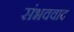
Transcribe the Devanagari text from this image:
संभववाद